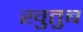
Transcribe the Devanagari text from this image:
खुतुब